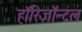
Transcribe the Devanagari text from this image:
हॉरिज़ॉन्टल